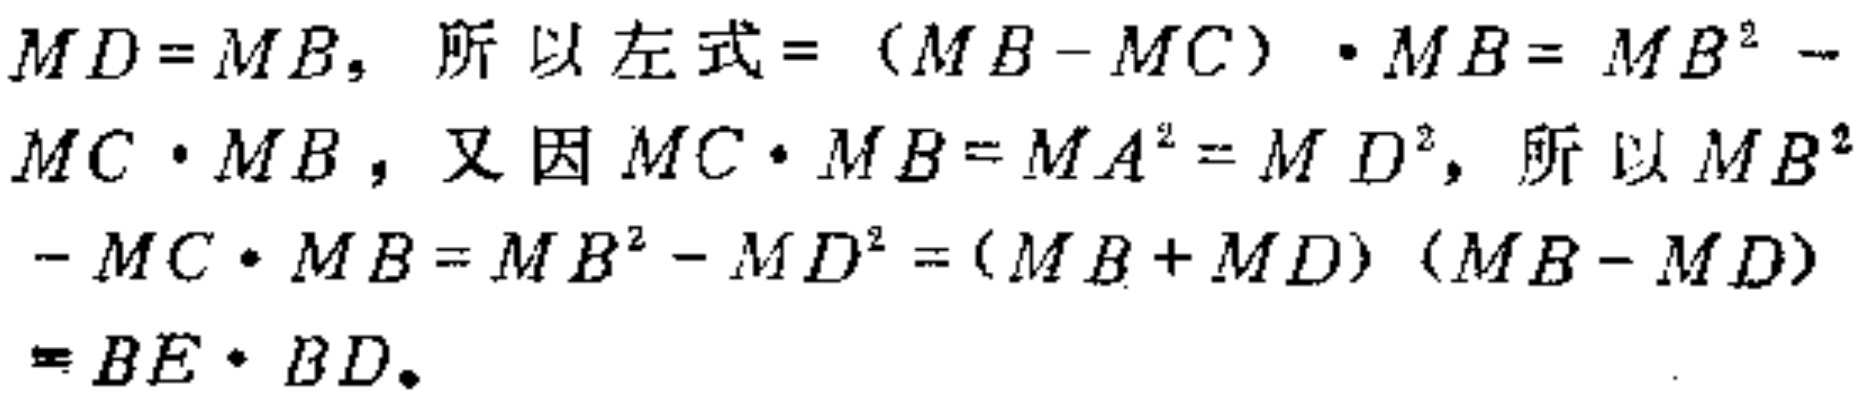
$MD = MB,\ 所以左式 = (MB - MC)\cdot MB = MB^{2}-MC\cdot MB，又因MC\cdot MB = MA^{2}=MD^{2}，所以MB^{2}-MC\cdot MB = MB^{2}-MD^{2}=(MB + MD)(MB - MD)=BE\cdot BD。$